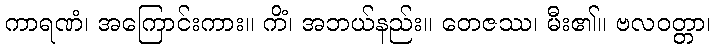
ကာရဏံ၊ အကြောင်းကား။ ကိံ၊ အဘယ်နည်း။ တေဇဿ၊ မီး၏။ ဗလဝတ္တာ၊